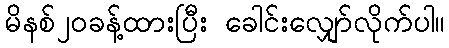
မိနစ်၂၀ခန့်ထားပြီး ခေါင်းလျှော်လိုက်ပါ။